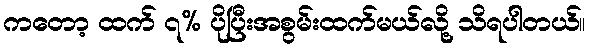
ကတော့ ထက် ၇% ပိုပြီးအစွမ်းထက်မယ်လို့ သိရပါတယ်။